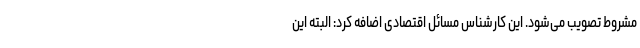
مشروط تصویب می‌شود. این کارشناس مسائل اقتصادی اضافه کرد: البته این